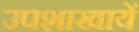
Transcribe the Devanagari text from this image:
उपशाखायें